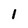
Character: 1